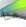
هنا